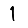
Digit: 1